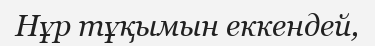
Нұр тұқымын еккендей,